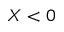
X < 0